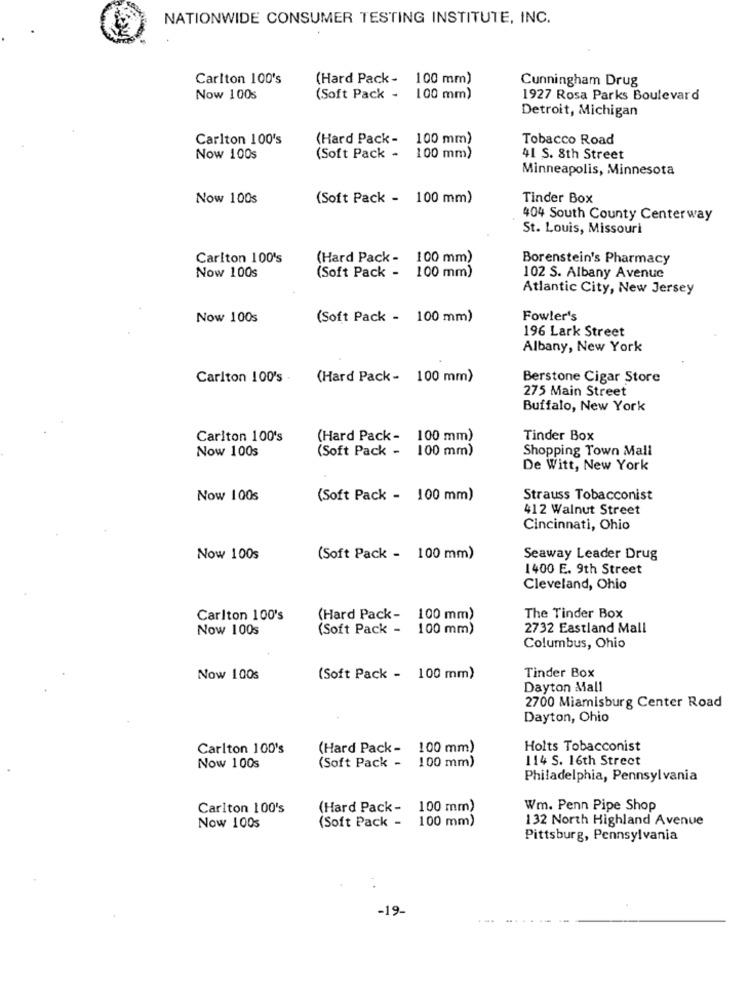
NATIONWIDE CONSUMER TESTING INSTITUTE, INC.
Carlton 100's
(Hard Pack - 100 mm)
Cunningham Drug
Now 100s
(Soft Pack - 100 mm)
1927 Rosa Parks Boulevard
Detroit, Michigan
Carlton 100's
(Hard Pack-
100 mm)
Tobacco Road
Now 100s
(Soft Pack - 100 mm)
41 S. 8th Street
Minneapolis, Minnesota
Now 100s
(Soft Pack - 100 mm)
Tinder Box
404 South County Centerway
St. Louis, Missouri
Carlton 100's
(Hard Pack - 100 mm)
Borenstein's Pharmacy
(Soft Pack - 100 mm)
Now 100s
102 S. Albany Avenue
Atlantic City, New Jersey
Now 100s
(Soft Pack - 100 mm)
Fowler's
196 Lark Street
Albany, New York
Carlton 100's .
(Hard Pack - 100 mm)
Berstone Cigar Store
275 Main Street
Buffalo, New York
Carlton 100's
(Hard Pack- 100 mm)
Tinder Box
Now 100s
(Soft Pack - 100 mm)
Shopping Town Mall
De Witt, New York
Now 100s
(Soft Pack - 100 mm)
Strauss Tobacconist
412 Walnut Street
Cincinnati, Ohio
Now 100s
(Soft Pack - 100 mm)
Seaway Leader Drug
1400 E. 9th Street
Cleveland, Ohio
Carlton 100's
(Hard Pack- 100 mm)
The Tinder Box
Now 100s
(Soft Pack - 100 mm)
2732 Eastland Mall
Columbus, Ohio
Tinder Box
Now 100s
(Soft Pack - 100 mm)
Dayton Mall
2700 Miamisburg Center Road
Dayton, Ohio
Carlton 100's
(Hard Pack - 100 mm)
Holts Tobacconist
(Soft Pack - 100 mm)
114 S. 16th Street
Now 100s
Philadelphia, Pennsylvania
Carlton 100's
(Hard Pack - 100 mm)
Wm. Penn Pipe Shop
(Soft Pack -
100 mm)
132 North Highland Avenue
Now 100s
Pittsburg, Pennsylvania
-19.